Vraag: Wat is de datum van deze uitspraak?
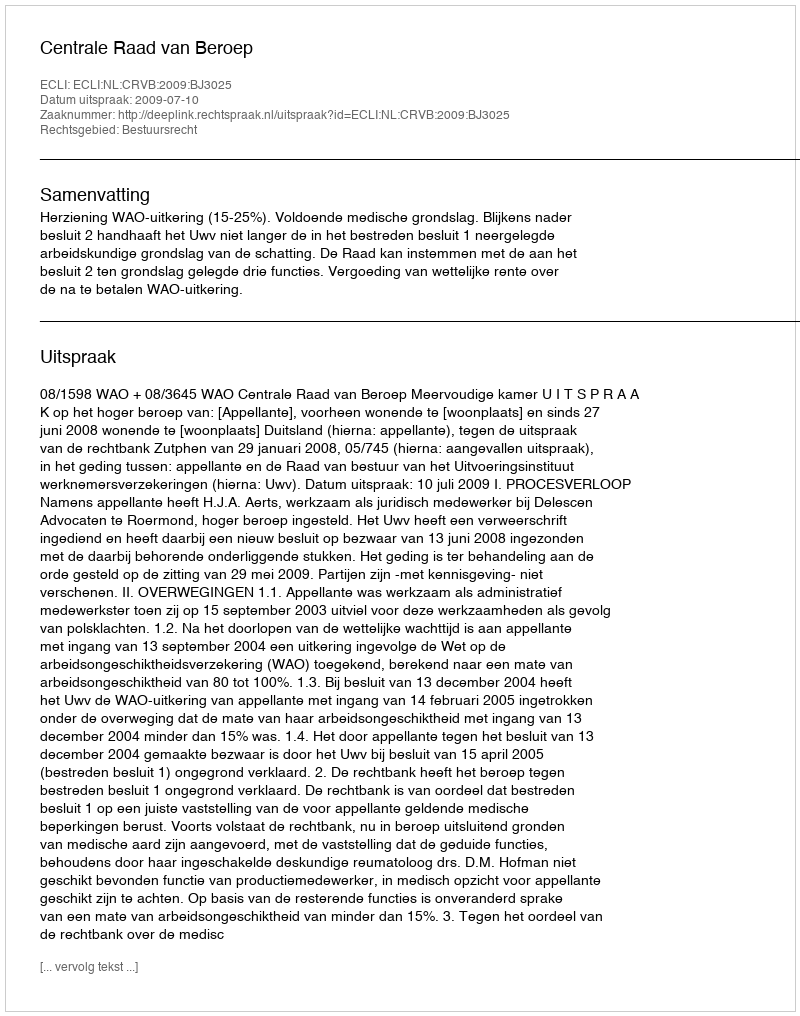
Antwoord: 2009-07-10